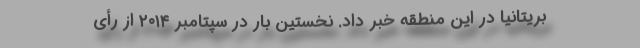
بریتانیا در این منطقه خبر داد. نخستین بار در سپتامبر ۲۰۱۴ از رأی‌